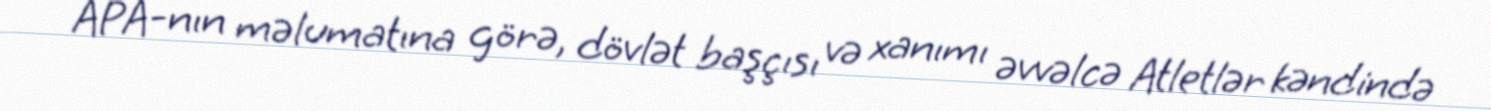
APA-nın məlumatına görə, dövlət başçısı və xanımı əvvəlcə Atletlər kəndində